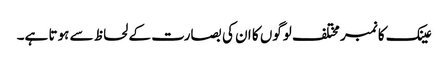
عینک کا نمبر مختلف لوگوں کا ان کی بصارت کے لحاظ سے ہوتا ہے۔